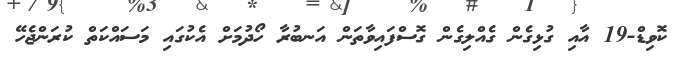
ކޮވިޑް-19 އާއި ގުޅިގެން ގެއްލިގެން ގޮސްފައިވާތަން އަނބުރާ ހޯދުމަށް އެކުގައި މަސައްކަތް ކުރަންޖެހޭ